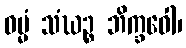
ဓမ္မံ သံဃဉ္စ ဘိက္ခဝေါ၊